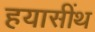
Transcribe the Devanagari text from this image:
हयासींथ